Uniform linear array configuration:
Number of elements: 64
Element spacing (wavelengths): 0.25
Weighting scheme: binomial
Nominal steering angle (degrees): -15
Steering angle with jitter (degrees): -16.105
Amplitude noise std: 0.05
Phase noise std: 0.05

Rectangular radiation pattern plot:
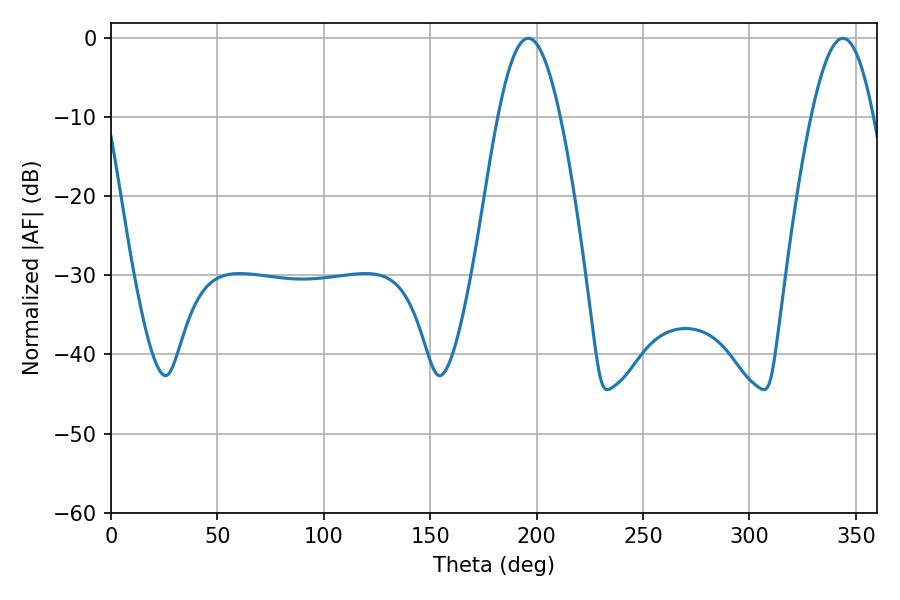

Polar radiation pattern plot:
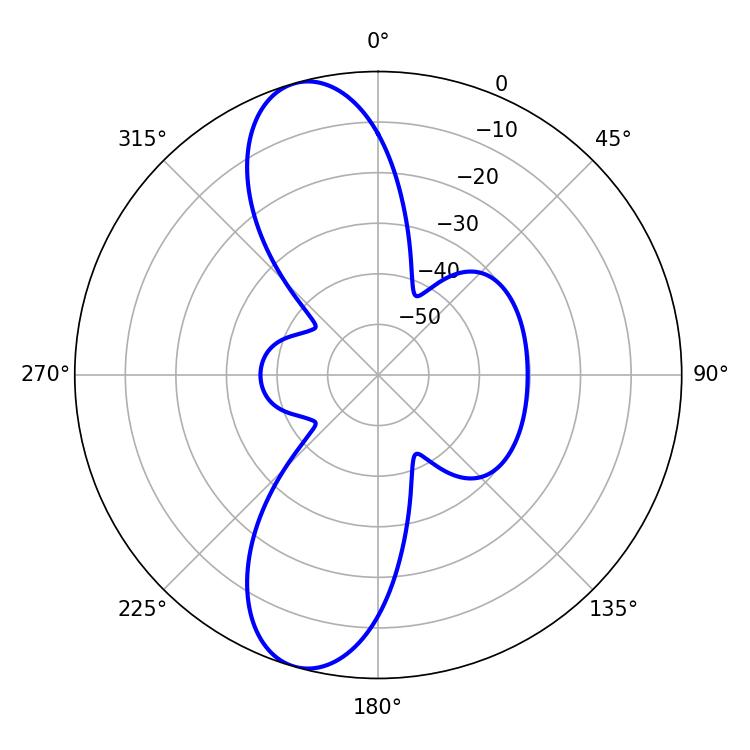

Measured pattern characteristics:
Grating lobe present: FALSE
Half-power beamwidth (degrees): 15.84
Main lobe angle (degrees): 196.02